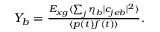
\begin{array} { r } { Y _ { b } = \frac { E _ { x g } \langle \sum _ { j } \eta _ { b } | c _ { j e b } | ^ { 2 } \rangle } { \langle p ( t ) f ( t ) \rangle } . } \end{array}